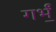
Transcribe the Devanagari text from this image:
गर्भं॒